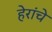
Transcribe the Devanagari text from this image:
हेरांचे